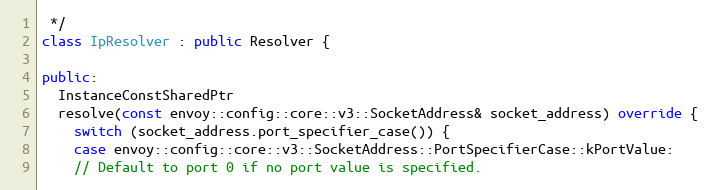
Language: C++
 */
class IpResolver : public Resolver {

public:
  InstanceConstSharedPtr
  resolve(const envoy::config::core::v3::SocketAddress& socket_address) override {
    switch (socket_address.port_specifier_case()) {
    case envoy::config::core::v3::SocketAddress::PortSpecifierCase::kPortValue:
    // Default to port 0 if no port value is specified.